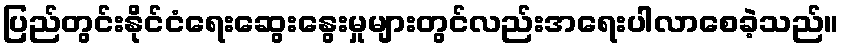
ပြည်တွင်းနိုင်ငံရေးဆွေးနွေးမှုများတွင်လည်းအရေးပါလာစေခဲ့သည်။